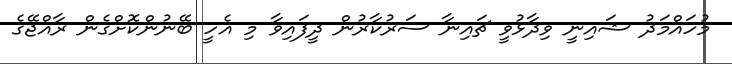
މުހައްމަދު ޝައިނީ ވިދާޅުވީ ޗައިނާ ސަރުކާރުން ދީފައިވާ މި އެހީ ބޭނުންކޮށްގެން ރާއްޖޭގެ